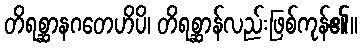
တိရစ္ဆာနဂတေဟိပိ၊ တိရစ္ဆာန်လည်းဖြစ်ကုန်၏။